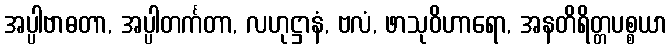
အပ္ပါဗာဓတာ, အပ္ပါတင်္ကတာ, လဟုဋ္ဌာနံ, ဗလံ, ဖာသုဝိဟာရော, အနတိရိတ္တပစ္စယာ